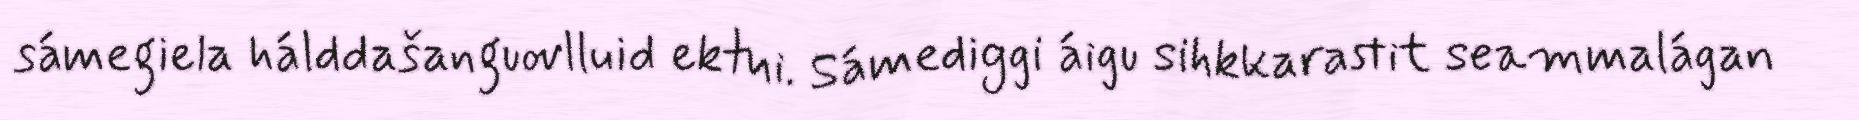
sámegiela hálddašanguovlluid ektui. Sámediggi áigu sihkkarastit seammalágan